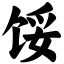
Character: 馁